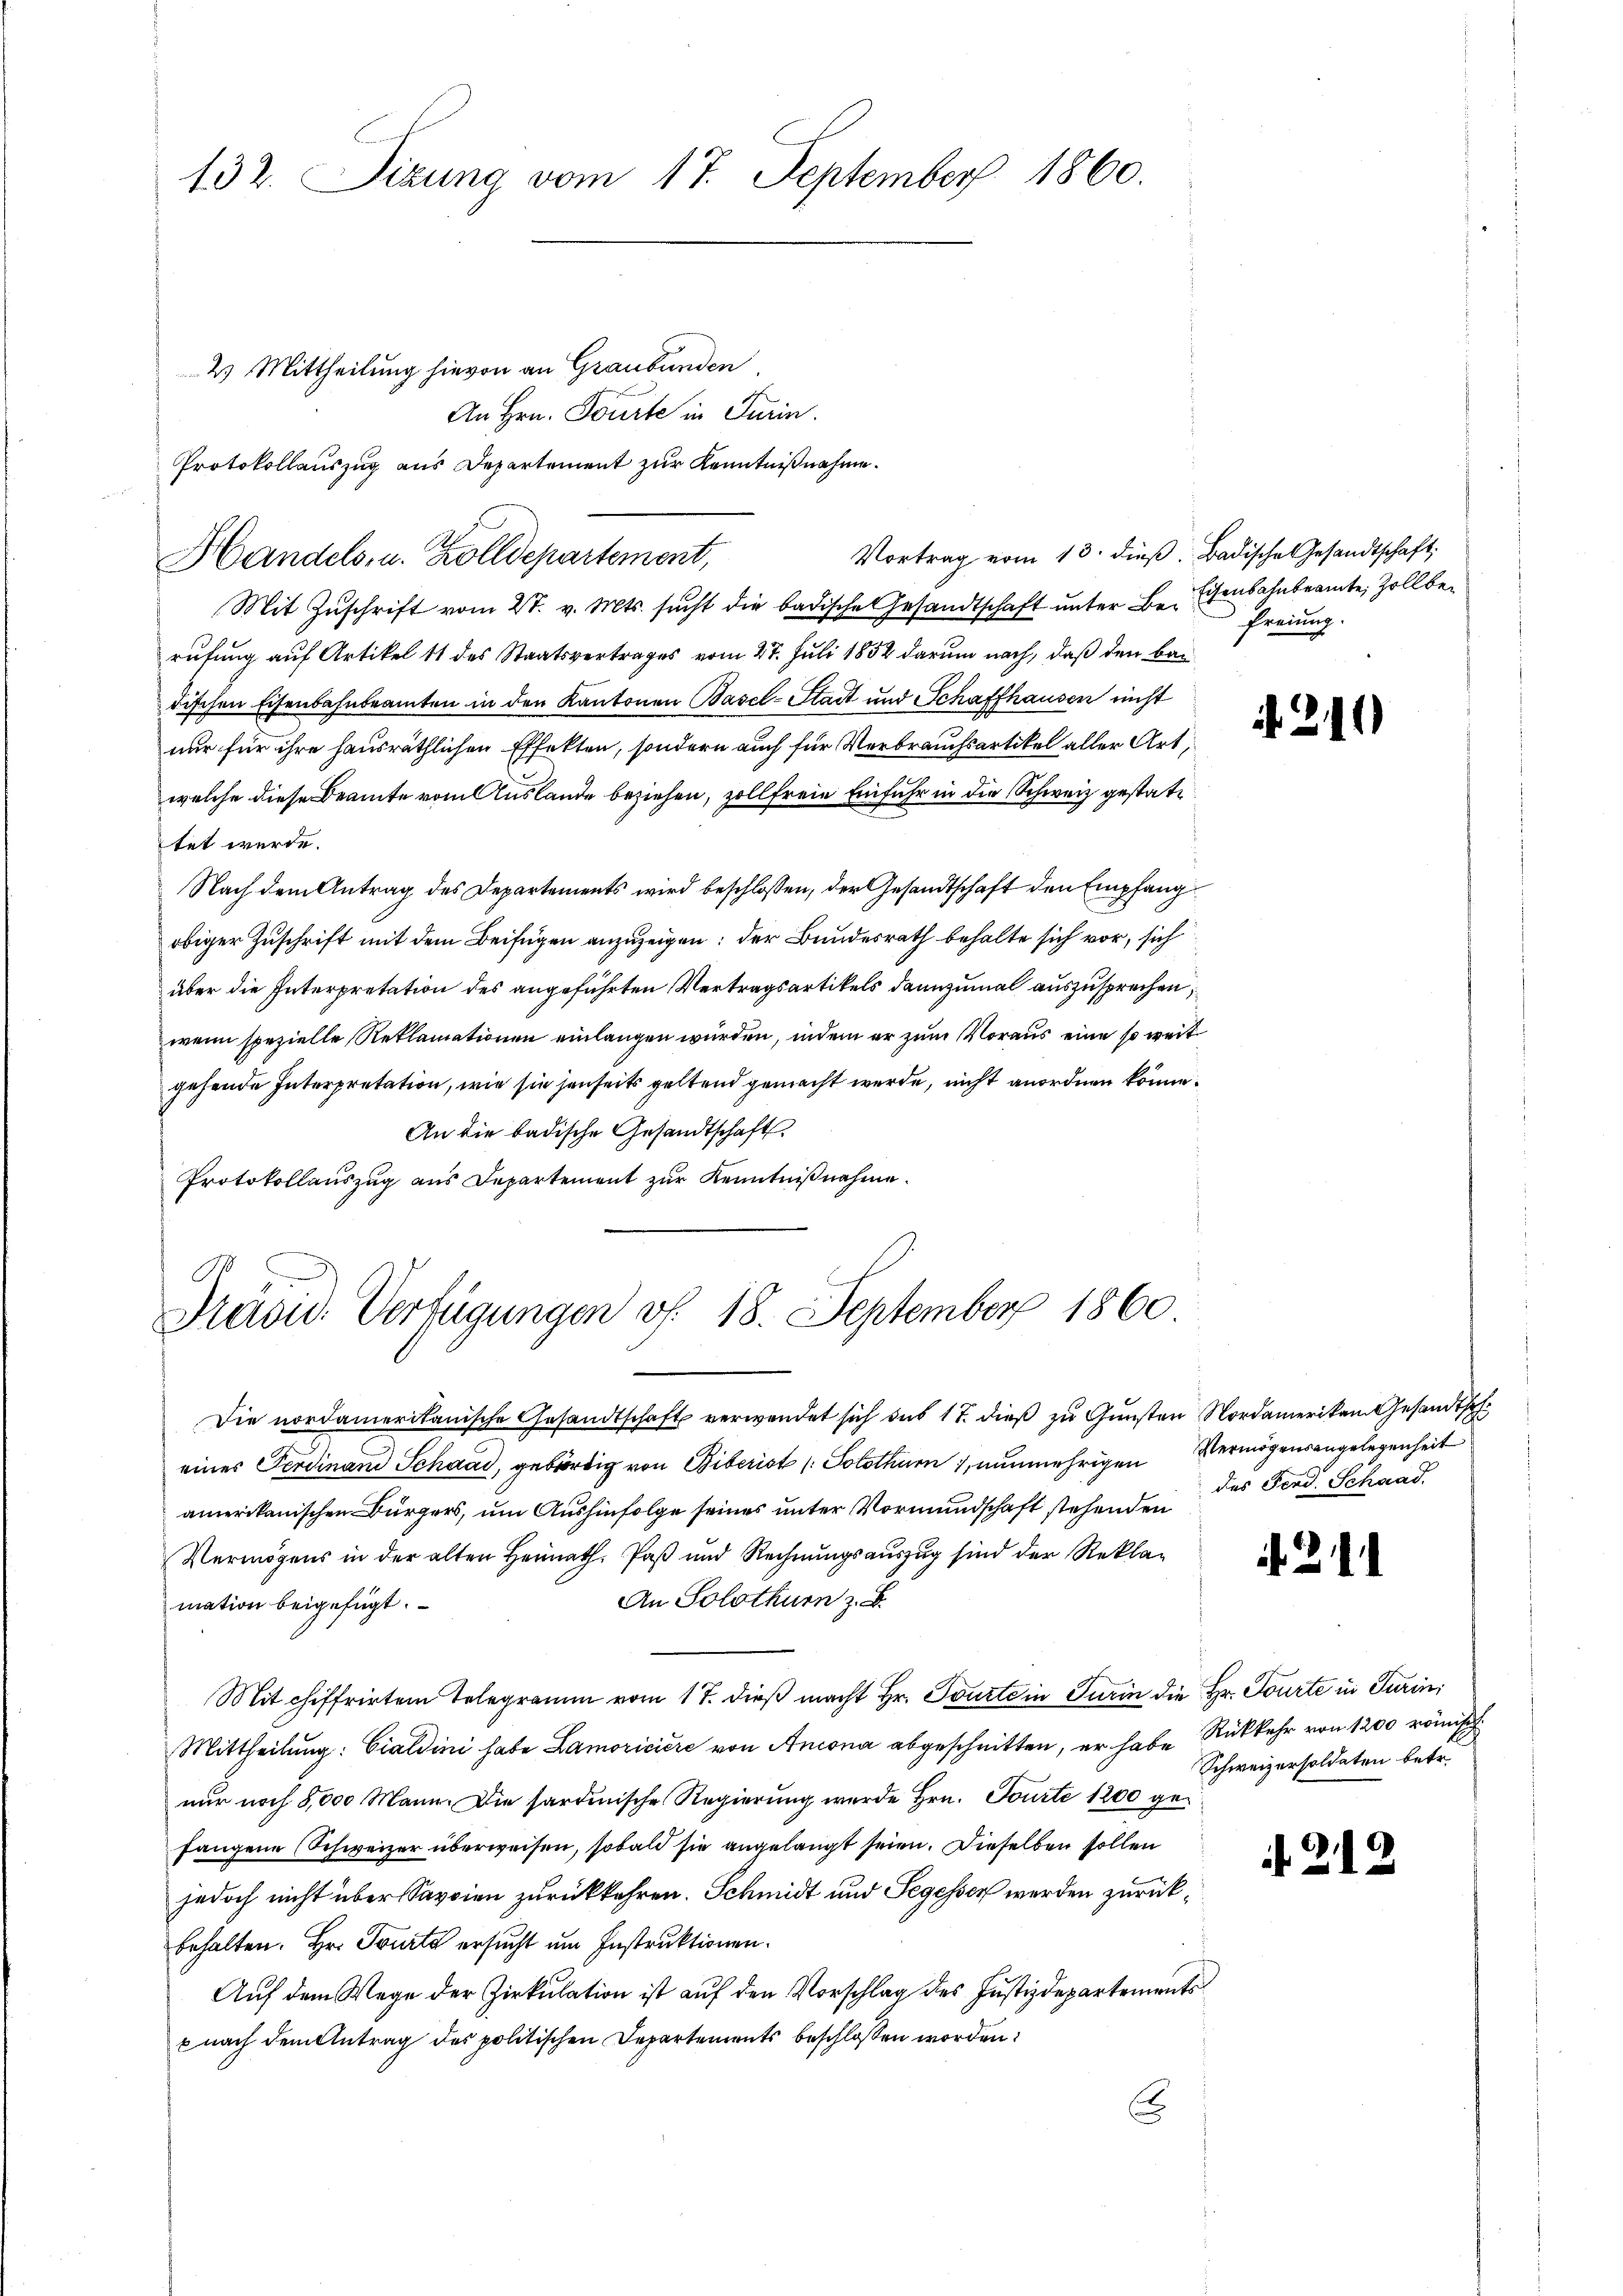
132. Sizung vom 17. September 1860.

2) Mittheilung hievon an Graubünden,
An Hrn. Tourte in Turin.
Protokollauszug aus Departement zur Kenntnißnahme.
Vortrag vom 13. dieβ. Badische Gesandtschaft
Mit Zuschrift vom 27. v. Mts. sucht die badische Gesandtschaft unter Be-Eisenbahnbeamte Zoll berufung auf Artikel 11 des Staatsvertrages vom 27. Juli 1852 darum nach, daß den ban
dischen Eisenbahnbeamten in den Kantonen Basel-Stadt und Schaffhausen nicht
nur für ihre hausräthlichen Effekten, sondern auch für Verbrauchsartikel aller Art,
welche diese Beamte vom Auslande beziehen, zollfreie Einfuhr in die Schweiz gestattet werde.
Nach dem Antrag des Departements wird beschlossen, der Gesandtschaft den Empfang
obiger Zuschrift mit dem Beifügen anzuzeigen: der Bundesrath behalte sich vor, sich
aber die Interpretation des angeführten Vertragsartikels dannzumal auszusprechen,
wenn spezielle Reklamationen einlangen würden, indem er zum Voraus eine so weit
gehende Interpretation, wie sie jenseits geltend gemacht werde, nicht anordnen könne.
An die badische Gesandtschaft.
Protokollauszug aus Departement zur Kenntnißnahme.

Handels, u. Zolldepartement,

Präsid. Verfügungen v. 18. September 1860

Die nordamerikanische Gesandtschaft verwendet sich aus 17. dieβ zŭ Gŭnsten Nordameriken Gesandtsch
eines Ferdinand Schaad, gebürtig von Biberist (Solothur, nunmehrigen Vermögensangelegenheit
amerikanischen Bürgers, um Aushinfolge seines unter Vormundschaft stehenden des Ferd. Schaad
Vermögens in der alten Heimath. Paß und Rechnungsauszug sind der Rekla¬
An Solothurn z. B.
mation beigefügt.
Mitchiffrirten Telegramm vom 17. dieß macht Hr. Tourte in Turin die Hr. Tourte in Turini
Mittheilung: Cialdini habe Lamoriciere von Ancona abgeschnitten, er habe Rückkehr von 1200 römisch
nur noch 5,000 Mann. Die sardinische Regierung wurde Hrn. Jourte 1200 gefangene Schweizer überweisen, sobald sie angelangt seien. Dieselben sollen
jedoch nicht über Savoien zurückkehren. Schmidt und Segesser werden zurückbehalten. Hr. Tourta ersucht um Instruktionen.
Auf dem Wege der Zirkulation ist auf den Vorschlag des Justizdepartements
s nach dem Antrag des politischen Departements beschlossen worden:
.

Freiung.

if. 210

Schweizersoldaten betr.

if. 21